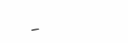
-